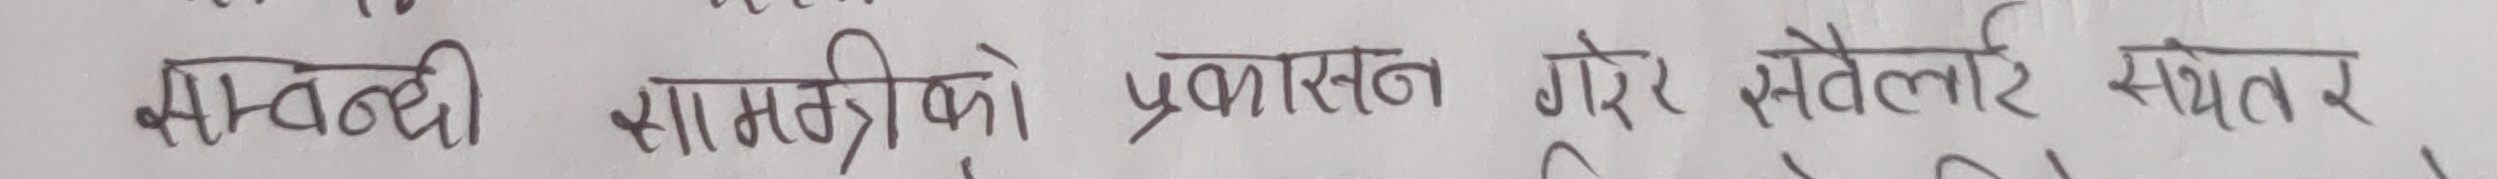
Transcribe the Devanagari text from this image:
आवद्धी सामग्रीको प्रकाशन गरेर स्वैलाी सुयतंर